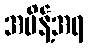
အမိန့်အရ